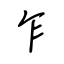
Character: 乍